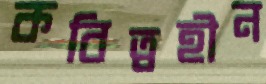
কবিত্বহীন